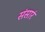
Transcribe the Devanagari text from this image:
संसारं